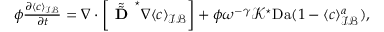
\begin{array} { r } { \phi \frac { \partial \langle c \rangle _ { \mathcal { I B } } } { \partial t } = \nabla \cdot \left[ \tilde { \tilde { \textbf { D } } } ^ { \star } \nabla \langle c \rangle _ { \mathcal { I B } } \right] + \phi \omega ^ { - \gamma } \mathcal { K } ^ { \star } \mathrm { D a } ( 1 - \langle c \rangle _ { \mathcal { I B } } ^ { a } ) , } \end{array}